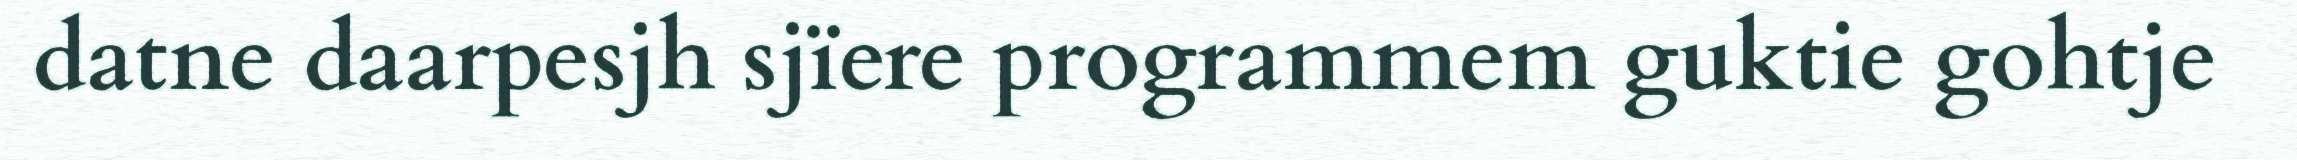
datne daarpesjh sjïere programmem guktie gohtje